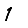
Digit: 1